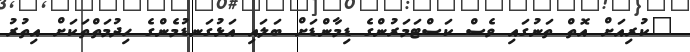
"ކުރިއަށް އޮތް ތަނުގައި ވެސް ކަސްޓަމަރުންގެ ޑިމާންޑަށް ބަލައި އަޅުގަނޑުމެންގެ ހިދުމަތްތަކަށް އިތުރު